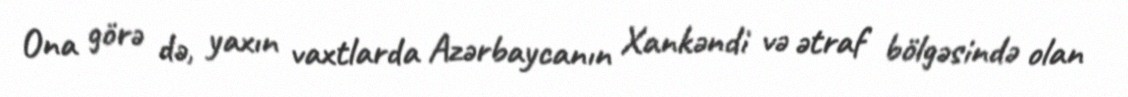
Ona görə də, yaxın vaxtlarda Azərbaycanın Xankəndi və ətraf bölgəsində olan